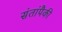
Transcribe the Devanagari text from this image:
संतांपैकी